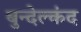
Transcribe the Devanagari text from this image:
बुन्देल्कंद